Leaving Certificate, 1899
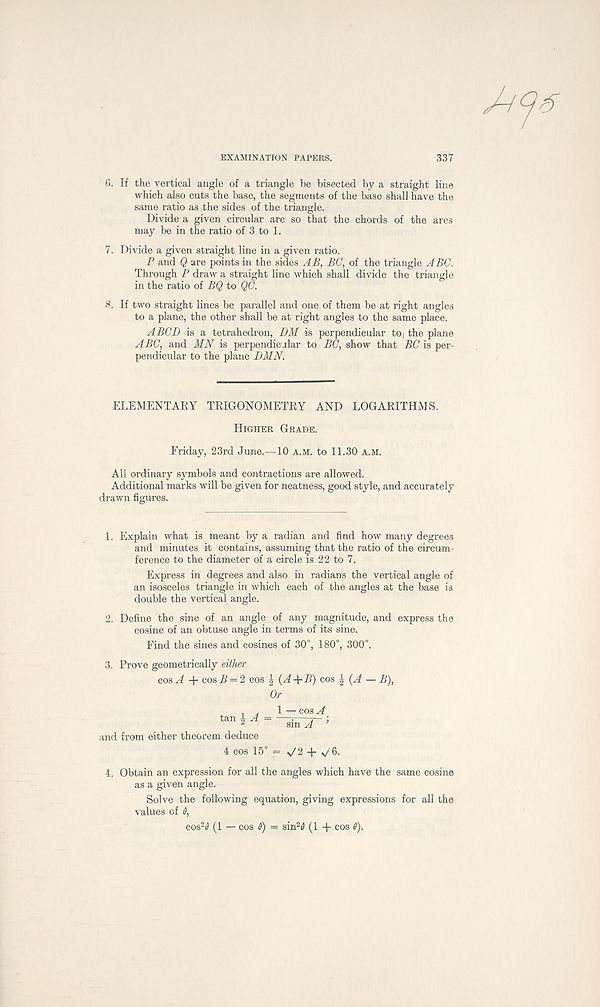
EXAMINATION PAPERS.
337
6. If the vertical angle of a triangle be bisected by a straight line
which also cuts the base, the segments of the base shall have the
same ratio as the sides of the triangle.
Divide a given circular arc so that the chords of the arcs
may be in the ratio of 3 to 1.
7. Divide a given straight line in a given ratio.
P and Q are points in the sides AB, BC, of the triangle ABC.
Through P draw a straight line which shall divide the triangle
in the ratio of BQ to QC.
8. If two straight lines be parallel and one of them be at right angles
to a plane, the other shall be at right angles to the same place.
A BCD is a tetrahedron, DM is perpendicular tO| the plane
ABC, and MN is perpendicular to BC, show that BC is per-
pendicular to the plane DMN.
ELEMENTARY TRIGONOMETRY AND LOGARITHMS.
Higher Grade.
Friday, 23rd June.—10 A.M. to 11.30 A.M.
All ordinary symbols and contractions are allowed.
Additional marks will be given for neatness, good style, and accurately
drawn figures.
1. Explain what is meant by a radian and find how many degrees
and minutes it contains, assuming that the ratio of the circum-
ference to the diameter of a circle is 22 to 7.
Express in degrees and also in radians the vertical angle of
an isosceles triangle in which each of the angles at the base is
double the vertical angle.
2. Define the sine of an angle of any magnitude, and express the
cosine of an obtuse angle in terms of its sine.
Find the sines and cosines of 30°, 180°, 300°.
3. Prove geometrically either
cos A + cos R = 2 cos | (A +B) cos % (A — B),
Or
tan ^ A — 1 — cos A
sin A 3
and from either theorem deduce
4 cos 15° = ^2 +
4. Obtain an expression for all the angles which have the same cosine
as a given angle.
Solve the following equation, giving expressions for all the
values of 9,
cos 2 0 (1 — cos 9) — sin 2 0 (1 + cos 9).